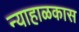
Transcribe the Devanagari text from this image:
न्याहाळकास